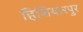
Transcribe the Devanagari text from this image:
हिशियारपुर